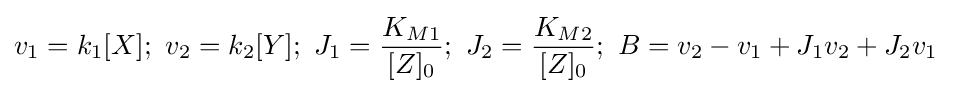
{\begin{aligned}v_{1}=k_{1}[X];\ v_{2}&=k_{2}[Y];\ J_{1}={\frac {K_{M1}}{[Z]_{0}}};\ J_{2}={\frac {K_{M2}}{[Z]_{0}}};\ B=v_{2}-v_{1}+J_{1}v_{2}+J_{2}v_{1}\end{aligned}}